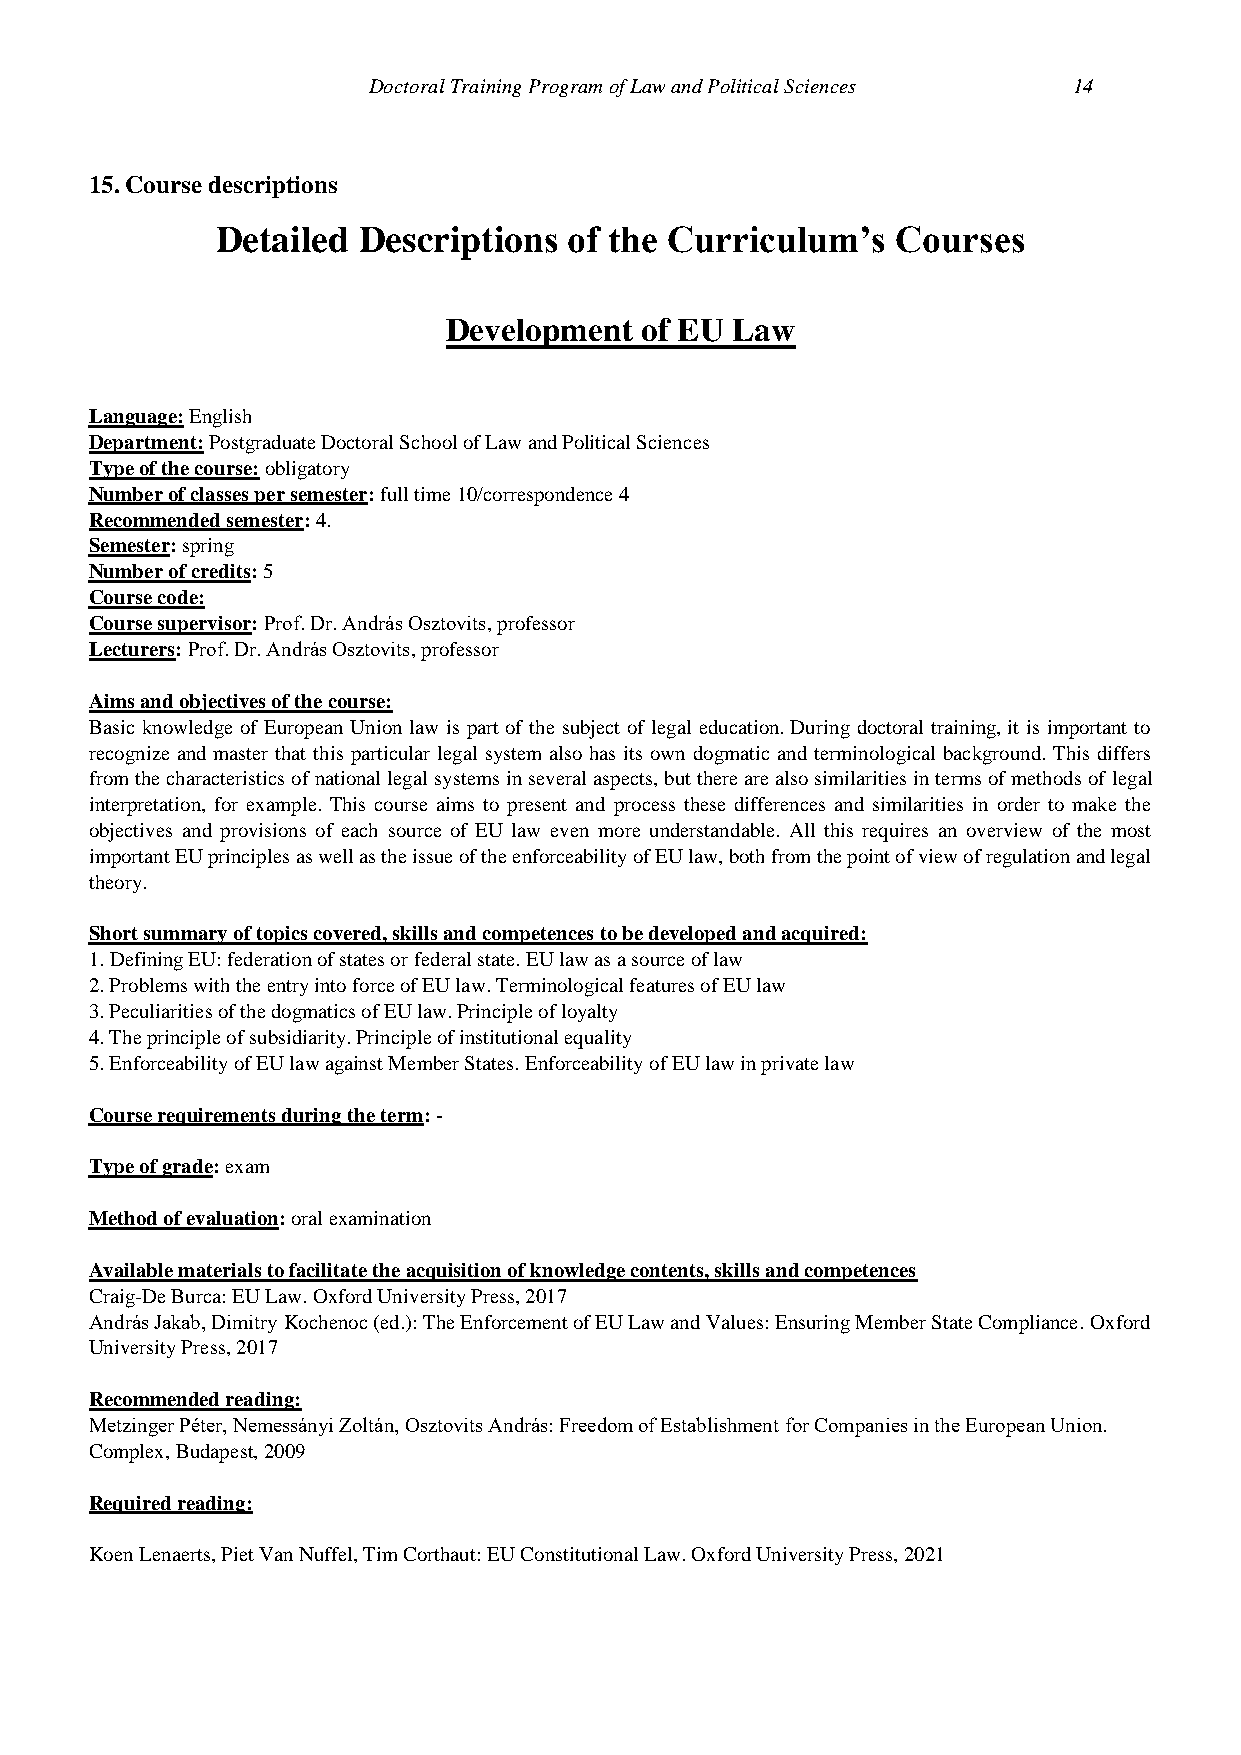
Doctoral Training Program of Law and Political Sciences 14
 15. Course descriptions
 Detailed  Descriptions  of the Curriculum’s  Courses
 Development of EU Law
 Language: English
 Department: Postgraduate Doctoral School of Law and Political Sciences
 Type of the course: obligatory
 Number of classes per semester: full time 10/correspondence 4
 Recommended semester: 4.
 Semester: spring
 Number of credits: 5
 Course code:
 Course supervisor: Prof. Dr. András Osztovits, professor
 Lecturers: Prof. Dr. András Osztovits, professor
 Aims and objectives of the course:
 Basic knowledge of European Union law is part of the subject of legal education. During doctoral training, it is important to
 recognize and master that this particular legal system also has its own dogmatic and terminological background. This differs
 from the characteristics of national legal systems in several aspects, but there are also similarities in terms of methods of legal
 interpretation, for example. This course aims to present and process these differences and similarities in order to make the
 objectives and provisions of each source of EU law even more understandable. All this requires an overview of the most
 important EU principles as well as the issue of the enforceability of EU law, both from the point of view of regulation and legal
 theory.
 Short summary of topics covered, skills and competences to be developed and acquired:
 1. Defining EU: federation of states or federal state. EU law as a source of law
 2. Problems with the entry into force of EU law. Terminological features of EU law
 3. Peculiarities of the dogmatics of EU law. Principle of loyalty
 4. The principle of subsidiarity. Principle of institutional equality
 5. Enforceability of EU law against Member States. Enforceability of EU law in private law
 Course requirements during the term: -
 Type of grade: exam
 Method of evaluation: oral examination
 Available materials to facilitate the acquisition of knowledge contents, skills and competences
 Craig-De Burca: EU Law. Oxford University Press, 2017
 András Jakab, Dimitry Kochenoc (ed.): The Enforcement of EU Law and Values: Ensuring Member State Compliance. Oxford
 University Press, 2017
 Recommended reading:
 Metzinger Péter, Nemessányi Zoltán, Osztovits András: Freedom of Establishment for Companies in the European Union.
 Complex, Budapest, 2009
 Required reading:
 Koen Lenaerts, Piet Van Nuffel, Tim Corthaut: EU Constitutional Law. Oxford University Press, 2021